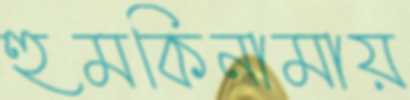
হুমকিনামায়